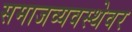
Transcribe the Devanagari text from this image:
समाजव्यवस्थेवर